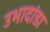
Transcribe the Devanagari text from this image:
उभादांडा